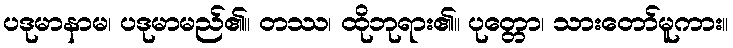
ပဒုမာနာမ၊ ပဒုမာမည်၏။ တဿ၊ ထိုဘုရား၏။ ပုတ္တော၊ သားတော်မူကား။